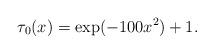
LaTeX: \begin{align*}\tau_{0}(x)=\exp(-100x^{2})+1.\end{align*}